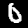
Label: 0